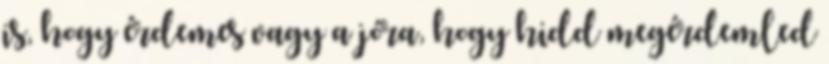
is, hogy érdemes vagy a jóra, hogy hidd megérdemled